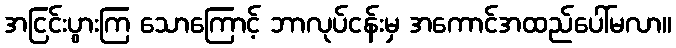
အငြင်းပွားကြ သောကြောင့် ဘာလုပ်ငန်းမှ အကောင်အထည်ပေါ်မလာ။